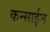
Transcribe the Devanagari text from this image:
कन्साईज